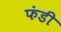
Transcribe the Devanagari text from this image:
फंडी